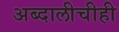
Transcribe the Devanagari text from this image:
अब्दालीचीही